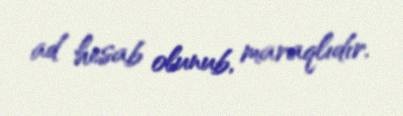
ad hesab olunub, maraqlıdır.